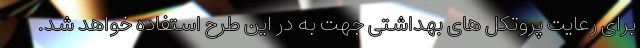
برای رعایت پروتکل های بهداشتی جهت به در این طرح استفاده خواهد شد.